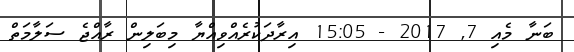
ބަނާ މެއި 7